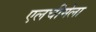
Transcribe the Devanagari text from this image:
एलचीमेला